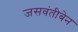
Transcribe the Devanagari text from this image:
जसवंतीबेन